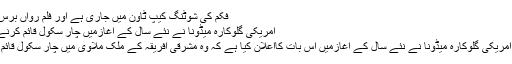
فکم کی شوٹنگ کیپ ٹاؤن میں جاری ہے اور فلم رواں برس 29 جون
امریکی گلوکارہ میڈونا نے نئے سال کے آغازمیں چار سکول قائم کرنے کا اعلان
نیویارک: امریکی گلوکارہ میڈونا نے نئے سال کے آغازمیں اس بات کااعلان کیا ہے کہ وہ مشرقی افریقہ کے ملک ملاوی میں چار سکول قائم کریں گی۔